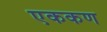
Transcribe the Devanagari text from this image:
एककण